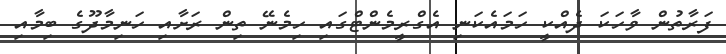
ފަރާތުން ވާހަކަ ދެއްކީ ހަމައެކަނި އެގްރީމެންޓްގައި ހިމެނޭ ތިން ރަށާއި ހަނިމާދޫގެ ބިމާއި